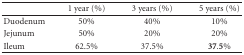
<table><thead><tr><td></td><td><b>1 year (%)</b></td><td><b>3 years (%)</b></td><td><b>5 years (%)</b></td></tr></thead><tbody><tr><td>Duodenum</td><td>50%</td><td>40%</td><td>10%</td></tr><tr><td>Jejunum</td><td>50%</td><td>20%</td><td>20%</td></tr><tr><td>Ileum</td><td>62.5%</td><td>37.5%</td><td><b>37.5</b>%</td></tr></tbody></table>